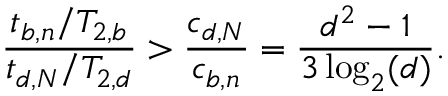
\frac { t _ { b , n } / T _ { 2 , b } } { t _ { d , N } / T _ { 2 , d } } > \frac { c _ { d , N } } { c _ { b , n } } = \frac { d ^ { 2 } - 1 } { 3 \log _ { 2 } ( d ) } .